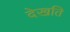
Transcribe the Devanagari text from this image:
देखति